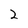
Character: 2